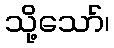
သို့သော်၊